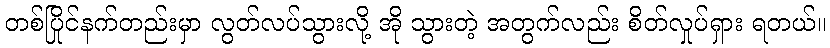
တစ်ပြိုင်နက်တည်းမှာ လွတ်လပ်သွားလို့ အို သွားတဲ့ အတွက်လည်း စိတ်လှုပ်ရှား ရတယ်။